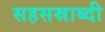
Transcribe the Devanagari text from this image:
सहसस्राब्दी